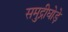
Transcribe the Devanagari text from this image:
समुद्रीघोड़े